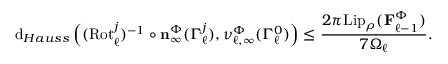
\mathrm { d } _ { H a u s s } \left( ( \mathrm { R o t } _ { \ell } ^ { j } ) ^ { - 1 } \circ \mathbf { n } _ { \infty } ^ { \Phi } ( \Gamma _ { \ell } ^ { j } ) , \boldsymbol { \nu } _ { \ell , \infty } ^ { \Phi } ( \Gamma _ { \ell } ^ { 0 } ) \right) \leq \frac { 2 \pi \mathrm { L i p } _ { \rho } ( \mathbf { F } _ { \ell - 1 } ^ { \Phi } ) } { 7 \Omega _ { \ell } } .